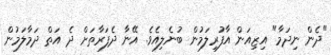
"ދެން ނިދަމާ" އިޒިއަން އާފުރިލަމުން ބުނެލިއެވެ. އޭނާ ދެފަރާތަށް ދެ އަތް ދަމާލަމުން